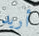
أريد